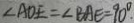
\angle A O E = \angle B A E = 9 0 ^ { \circ } .